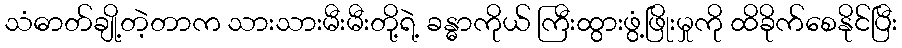
သံဓာတ်ချို့တဲ့တာက သားသားမီးမီးတို့ရဲ့ ခန္ဓာကိုယ် ကြီးထွားဖွံ့ဖြိုးမှုကို ထိခိုက်စေနိုင်ပြီး